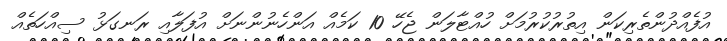
އުފެއްދުންތެރިކަން އިތުރުކުރުމަށް ހުއްޓާލަން ޖެހޭ 10 ކަމެއް އަންހެނުންނަށް އުފަލާއި ރަނގަޅު ސިއްހަތެއް